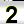
Digit: 2